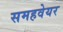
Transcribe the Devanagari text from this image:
समहवेयर